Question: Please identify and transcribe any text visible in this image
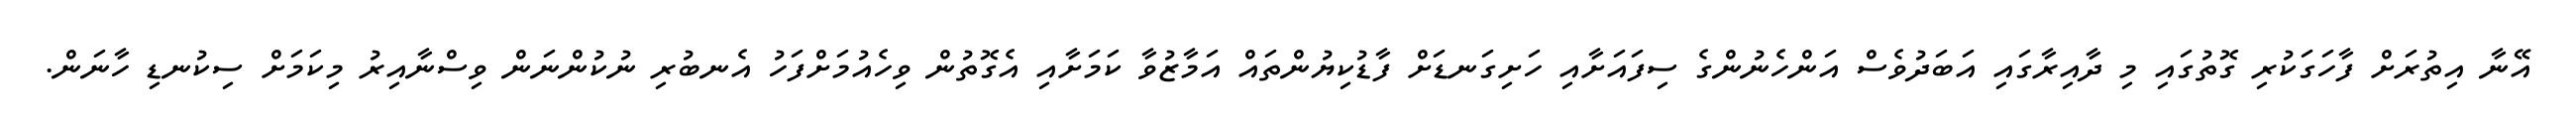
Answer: އޭނާ އިތުރަށް ފާހަގަކުރި ގޮތުގައި މި ދާއިރާގައި އަބަދުވެސް އަންހެނުންގެ ސިފައަށާއި ހަށިގަނޑަށް ފާޑުކިޔުންތައް އަމާޒުވާ ކަމަށާއި އެގޮތުން ވިހެއުމަށްފަހު އެނބުރި ނުކުންނަން ވިސްނާއިރު މިކަމަށް ސިކުނޑި ހާނަން.